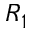
R _ { 1 }